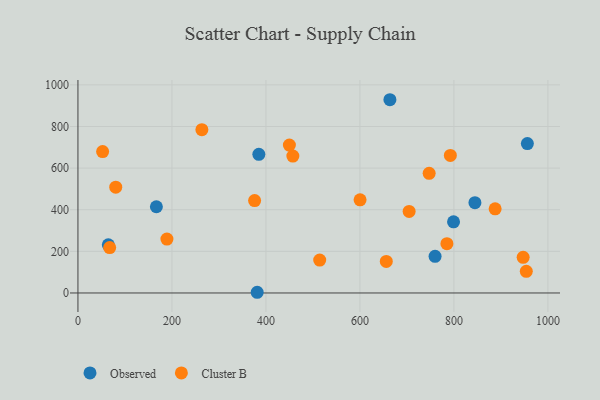
{"axis": {"x": "Engine Size", "y": "Demand"}, "legend": ["Cluster B", "Observed"], "data": [{"x": "956.3", "y": 717.9, "type": "Observed"}, {"x": "166.9", "y": 414.4, "type": "Observed"}, {"x": "844.7", "y": 434.1, "type": "Observed"}, {"x": "384.9", "y": 666.2, "type": "Observed"}, {"x": "799.2", "y": 341.8, "type": "Observed"}, {"x": "381.4", "y": 3.4, "type": "Observed"}, {"x": "759.9", "y": 176.3, "type": "Observed"}, {"x": "64.6", "y": 231.2, "type": "Observed"}, {"x": "663.8", "y": 928.5, "type": "Observed"}, {"x": "52.5", "y": 679.5, "type": "Cluster B"}, {"x": "457.3", "y": 657.9, "type": "Cluster B"}, {"x": "263.7", "y": 784.6, "type": "Cluster B"}, {"x": "449.9", "y": 710.6, "type": "Cluster B"}, {"x": "80.4", "y": 508.4, "type": "Cluster B"}, {"x": "704.7", "y": 391.9, "type": "Cluster B"}, {"x": "67.5", "y": 218.3, "type": "Cluster B"}, {"x": "792.4", "y": 660.8, "type": "Cluster B"}, {"x": "656.1", "y": 151.4, "type": "Cluster B"}, {"x": "600.3", "y": 447.5, "type": "Cluster B"}, {"x": "887.7", "y": 404.1, "type": "Cluster B"}, {"x": "947.3", "y": 171.4, "type": "Cluster B"}, {"x": "954.0", "y": 103.9, "type": "Cluster B"}, {"x": "514.4", "y": 158.3, "type": "Cluster B"}, {"x": "189.3", "y": 259.1, "type": "Cluster B"}, {"x": "747.3", "y": 574.8, "type": "Cluster B"}, {"x": "785.1", "y": 237.1, "type": "Cluster B"}, {"x": "375.9", "y": 444.0, "type": "Cluster B"}]}